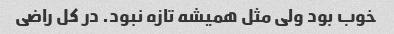
خوب بود ولی مثل همیشه تازه نبود. در کل راضی